Problem: 11 × 10 = ?
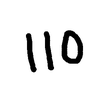
Handwritten answer: 110